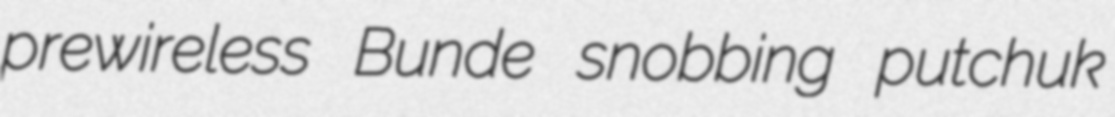
prewireless Bunde snobbing putchuk